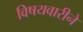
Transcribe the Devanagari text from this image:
विषयवारीने